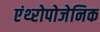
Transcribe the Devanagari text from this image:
एंथ्‍रोपोजेनिक